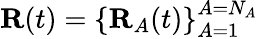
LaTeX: \textbf{R}(t)=\left\{ \textbf{R}_{A}(t)\right\} _{A=1}^{A=N_{A}}